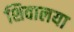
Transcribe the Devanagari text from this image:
शिवालया